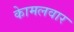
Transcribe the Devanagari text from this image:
काेमलवार